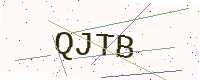
Text: QJTB